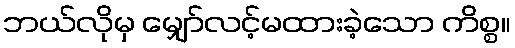
ဘယ်လိုမှ မျှော်လင့်မထားခဲ့သော ကိစ္စ။